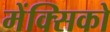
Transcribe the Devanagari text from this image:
मेंक्सिको